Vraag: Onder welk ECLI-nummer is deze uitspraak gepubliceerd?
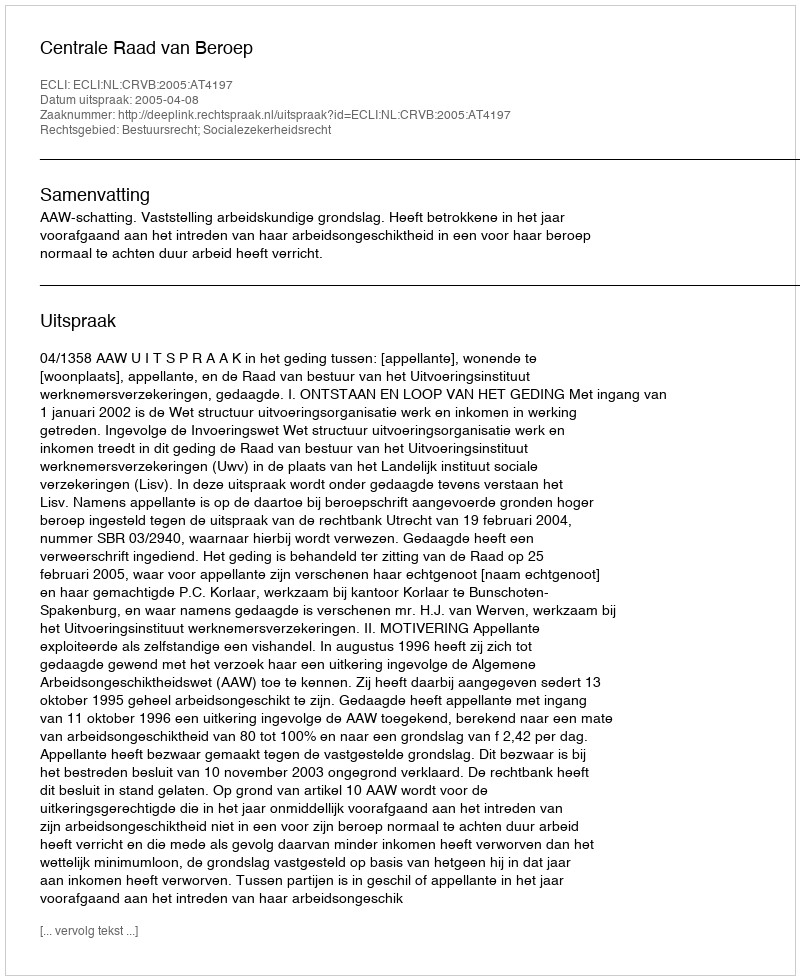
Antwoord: ECLI:NL:CRVB:2005:AT4197